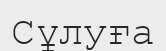
Сұлуға